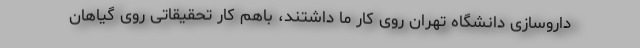
داروسازی دانشگاه تهران روی کار ما داشتند، باهم کار تحقیقاتی روی گیاهان